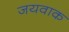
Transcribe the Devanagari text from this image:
जयवाक